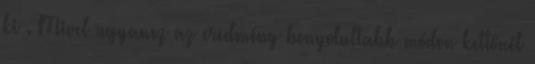
ki . Mivel ugyanez az eredmény bonyolultabb módon kettőnél